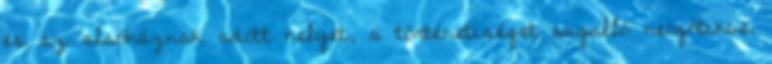
és az alsóháznak adott helyet, a történetiséget sugalló neogótikus